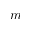
m